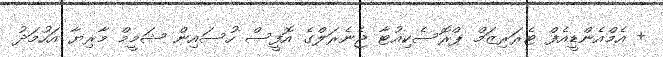
+ އެމްއެންޑީއެފް ޓެރަރިޒަމް ޕްރޮސެކިއުޓާ ޖެނެރަލްގެ އޮފީސް ހުސައިން ޝަމީމް މާރިޔާ އަހުމަދު